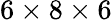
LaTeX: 6\times 8\times 6